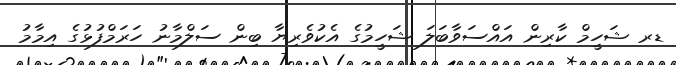
ޑރ ޝަހީމް ކާރިން އައްސަވާބަލަ ޝަހީމުގެ އެކުވެރިޔާ ބިން ސަލްމާނު ހަރަމްފުޅުގެ އިމާމު